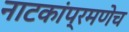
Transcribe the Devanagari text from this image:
नाटकांप्रमणेच